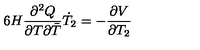
6 H \frac { \partial ^ { 2 } Q } { \partial T \partial { \bar { T } } } \dot { T } _ { 2 } = - \frac { \partial V } { \partial T _ { 2 } }